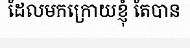
ដែលមកក្រោយខ្ញុំ តែបាន